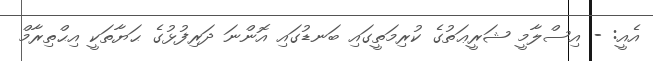
އެއީ: - އިސްލާމީ ޝަރީޢަތުގެ ކުރިމަތީގައި ބަނޑުގައި އޮންނަ ދަރިފުޅުގެ ޙަޔާތަކީ އިޙްތިރާމް